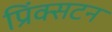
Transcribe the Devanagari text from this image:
प्रिंक्सटन